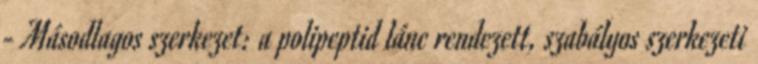
- Másodlagos szerkezet: a polipeptid lánc rendezett, szabályos szerkezeti